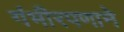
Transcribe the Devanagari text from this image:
गंभीरपणाने